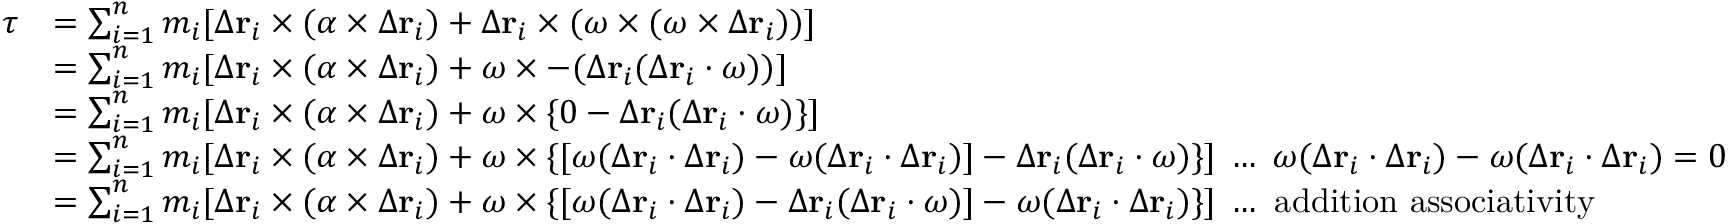
{ \begin{array} { r l } { { \boldsymbol { \tau } } } & { = \sum _ { i = 1 } ^ { n } m _ { i } [ \Delta \mathbf { r } _ { i } \times ( { \boldsymbol { \alpha } } \times \Delta \mathbf { r } _ { i } ) + \Delta \mathbf { r } _ { i } \times ( { \boldsymbol { \omega } } \times ( { \boldsymbol { \omega } } \times \Delta \mathbf { r } _ { i } ) ) ] } \\ & { = \sum _ { i = 1 } ^ { n } m _ { i } [ \Delta \mathbf { r } _ { i } \times ( { \boldsymbol { \alpha } } \times \Delta \mathbf { r } _ { i } ) + { \boldsymbol { \omega } } \times - ( \Delta \mathbf { r } _ { i } ( \Delta \mathbf { r } _ { i } \cdot { \boldsymbol { \omega } } ) ) ] } \\ & { = \sum _ { i = 1 } ^ { n } m _ { i } [ \Delta \mathbf { r } _ { i } \times ( { \boldsymbol { \alpha } } \times \Delta \mathbf { r } _ { i } ) + { \boldsymbol { \omega } } \times \{ 0 - \Delta \mathbf { r } _ { i } ( \Delta \mathbf { r } _ { i } \cdot { \boldsymbol { \omega } } ) \} ] } \\ & { = \sum _ { i = 1 } ^ { n } m _ { i } [ \Delta \mathbf { r } _ { i } \times ( { \boldsymbol { \alpha } } \times \Delta \mathbf { r } _ { i } ) + { \boldsymbol { \omega } } \times \{ [ { \boldsymbol { \omega } } ( \Delta \mathbf { r } _ { i } \cdot \Delta \mathbf { r } _ { i } ) - { \boldsymbol { \omega } } ( \Delta \mathbf { r } _ { i } \cdot \Delta \mathbf { r } _ { i } ) ] - \Delta \mathbf { r } _ { i } ( \Delta \mathbf { r } _ { i } \cdot { \boldsymbol { \omega } } ) \} ] \; \ldots \; { \boldsymbol { \omega } } ( \Delta \mathbf { r } _ { i } \cdot \Delta \mathbf { r } _ { i } ) - { \boldsymbol { \omega } } ( \Delta \mathbf { r } _ { i } \cdot \Delta \mathbf { r } _ { i } ) = 0 } \\ & { = \sum _ { i = 1 } ^ { n } m _ { i } [ \Delta \mathbf { r } _ { i } \times ( { \boldsymbol { \alpha } } \times \Delta \mathbf { r } _ { i } ) + { \boldsymbol { \omega } } \times \{ [ { \boldsymbol { \omega } } ( \Delta \mathbf { r } _ { i } \cdot \Delta \mathbf { r } _ { i } ) - \Delta \mathbf { r } _ { i } ( \Delta \mathbf { r } _ { i } \cdot { \boldsymbol { \omega } } ) ] - { \boldsymbol { \omega } } ( \Delta \mathbf { r } _ { i } \cdot \Delta \mathbf { r } _ { i } ) \} ] \; \ldots { \mathrm { ~ a d d i t i o n ~ a s s o c i a t i v i t y } } } \end{array} }